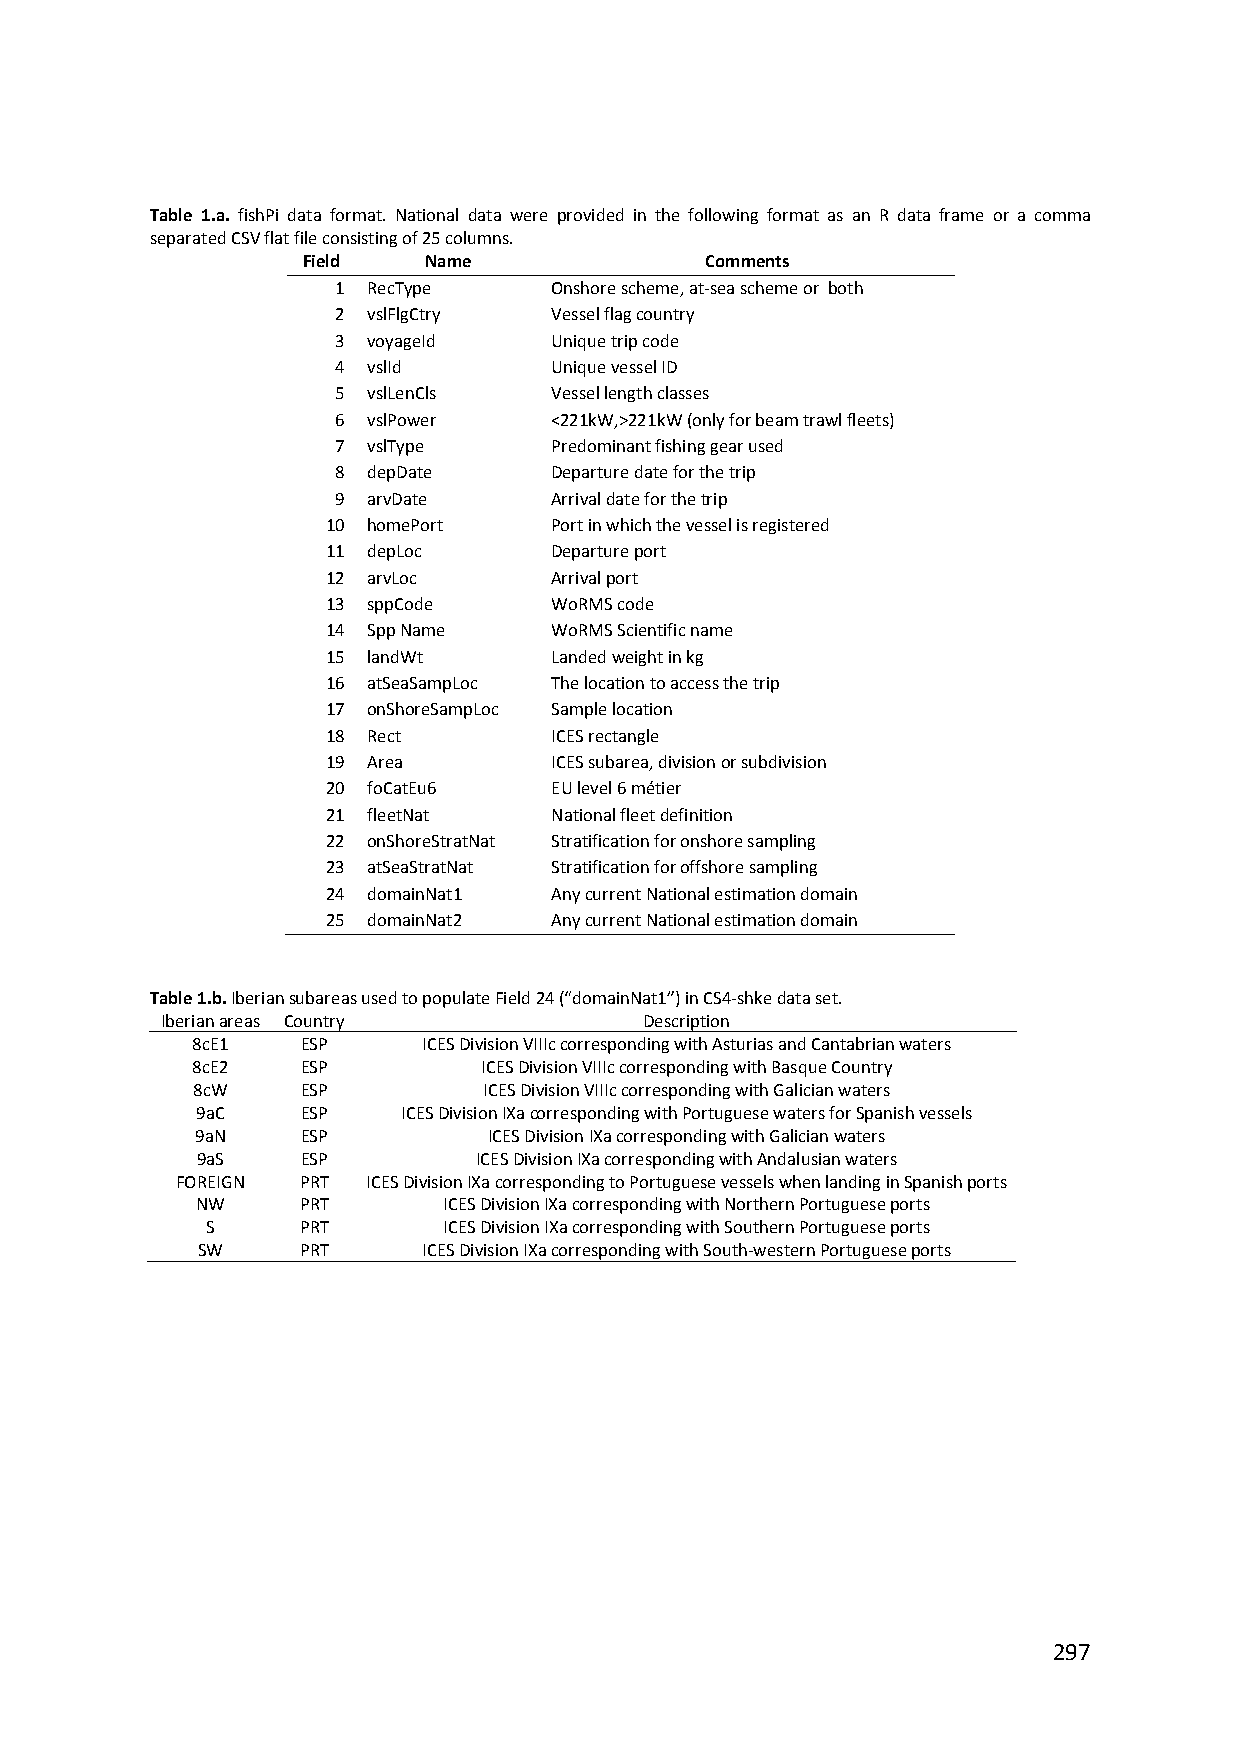
Table 1.a. fishPi data format. National data were provided in the following format as an R data frame or a comma
 separated CSV flat file consisting of 25 columns.
 Field   Name               Comments
 1 RecType     Onshore scheme, at‐sea scheme or both
 2 vslFlgCtry  Vessel flag country
 3 voyageId    Unique trip code
 4 vslId       Unique vessel ID
 5 vslLenCls   Vessel length classes
 6 vslPower    <221kW,>221kW (only for beam trawl fleets)
 7 vslType     Predominant fishing gear used
 8 depDate     Departure date for the trip
 9 arvDate     Arrival date for the trip
 10 homePort   Port in which the vessel is registered
 11 depLoc     Departure port
 12 arvLoc     Arrival port
 13 sppCode    WoRMS code
 14 Spp Name   WoRMS Scientific name
 15 landWt     Landed weight in kg
 16 atSeaSampLoc The location to access the trip
 17 onShoreSampLoc Sample location
 18 Rect       ICES rectangle
 19 Area       ICES subarea, division or subdivision
 20 foCatEu6   EU level 6 métier
 21 fleetNat   National fleet definition
 22 onShoreStratNat Stratification for onshore sampling
 23 atSeaStratNat Stratification for offshore sampling
 24 domainNat1 Any current National estimation domain
 25 domainNat2 Any current National estimation domain
 Table 1.b. Iberian subareas used to populate Field 24 (“domainNat1”) in CS4‐shke data set.
 Iberian areas Country           Description
 8cE1   ESP     ICES Division VIIIc corresponding with Asturias and Cantabrian waters
 8cE2   ESP         ICES Division VIIIc corresponding with Basque Country
 8cW    ESP         ICES Division VIIIc corresponding with Galician waters
 9aC    ESP    ICES Division IXa corresponding with Portuguese waters for Spanish vessels
 9aN    ESP         ICES Division IXa corresponding with Galician waters
 9aS    ESP        ICES Division IXa corresponding with Andalusian waters
 FOREIGN PRT ICES Division IXa corresponding to Portuguese vessels when landing in Spanish ports
 NW     PRT      ICES Division IXa corresponding with Northern Portuguese ports
 S     PRT      ICES Division IXa corresponding with Southern Portuguese ports
 SW     PRT     ICES Division IXa corresponding with South‐western Portuguese ports
 297